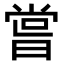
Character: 𠹉